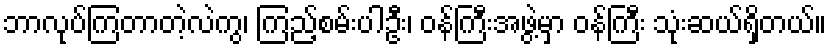
ဘာလုပ်ကြတာတဲ့လဲကွ၊ ကြည့်စမ်းပါဦး၊ ဝန်ကြီးအဖွဲ့မှာ ဝန်ကြီး သုံးဆယ်ရှိတယ်။